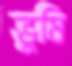
ভুষি